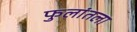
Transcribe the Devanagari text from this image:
फुलांतला